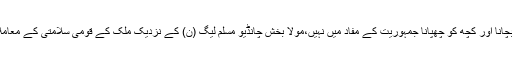
ڈان لیکس کے معاملے میں کچھ لوگوں کو بچانا اور کچھ کو چھپانا جمہوریت کے مفاد میں نہیں،مولا بخش چانڈیو مسلم لیگ (ن) کے نزدیک ملک کے قومی سلامتی کے معاملات کی کوئی اہمیت نہیں،رہنما پیپلزپارٹی ۔